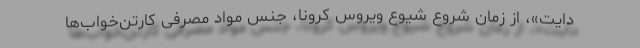
دایت»، از زمان شروع شیوع ویروس کرونا، جنس مواد مصرفی کارتن‌خواب‌ها